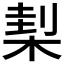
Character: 𣓇